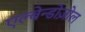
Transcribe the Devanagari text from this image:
एल्बेन्डोज़ोल